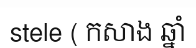
stele ( កសាង ឆ្នាំ